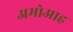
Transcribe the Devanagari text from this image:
अमोआह